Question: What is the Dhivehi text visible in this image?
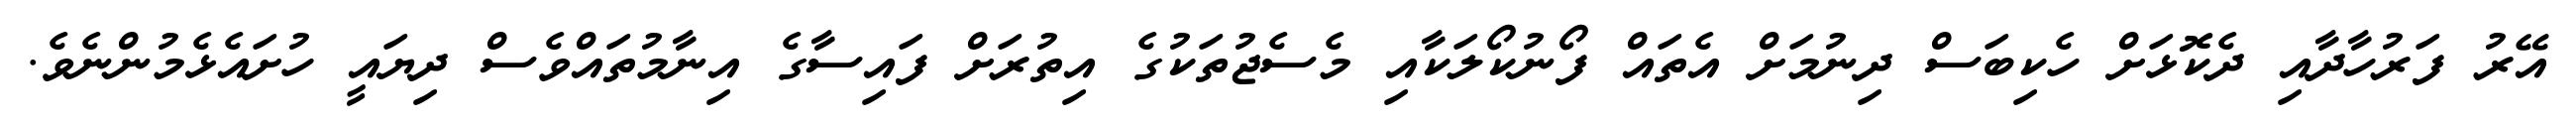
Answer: އޭރު ފަރުހާދާއި ދެކޮޅަށް ހެކިބަސް ދިނުމަށް އެތައް ފޯނުކޯލަކާއި މެސެޖުތަކުގެ އިތުރަށް ފައިސާގެ އިނާމުތައްވެސް ދިޔައީ ހުށައެޅެމުންނެވެ.